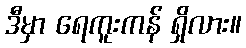
ဒီမှာ ရေကူးကန် ရှိလား။